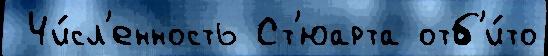
 Чи́сл'енность Ст'юарта отб'и́то